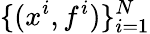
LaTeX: \{ (x^{i},f^{i})\} _{i=1}^{N}